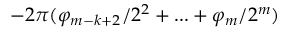
- 2 \pi ( \varphi _ { m - k + 2 } / 2 ^ { 2 } + . . . + \varphi _ { m } / 2 ^ { m } )